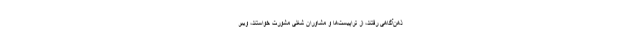
ذهن‌آگاهی رفتند، از تراپیست‌ها و مشاوران شغلی مشورت خواستند، ویبر